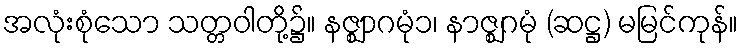
အလုံးစုံသော သတ္တဝါတို့၌။ နဇ္ဈာဂမုံ၁၊ နာဇ္ဈဂမုံ (ဆဋ္ဌ) မမြင်ကုန်။